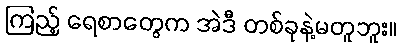
ကြည့် ရေစာတွေက အဲဒီ တစ်ခုနဲ့မတူဘူး။